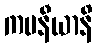
ကမနီယာနိ